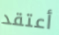
أعتقد